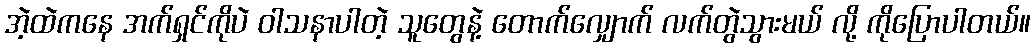
အဲ့ထဲကနေ အက်ရှင်ကိုပဲ ဝါသနာပါတဲ့ သူတွေနဲ့ တောက်လျှောက် လက်တွဲသွားမယ် လို့ ကိုပြောပါတယ်။